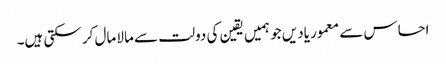
احساس سے معمور یادیں جو ہمیں یقین کی دولت سے مالا مال کر سکتی ہیں۔